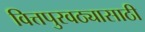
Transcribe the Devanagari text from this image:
वित्तपुरवठ्यासाठी